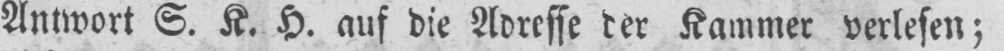
Antwort S. K. H. auf die Adresse der Kammer verlesen;